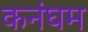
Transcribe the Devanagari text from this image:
कनंघम